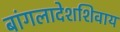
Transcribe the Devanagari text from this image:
बांगलादेशशिवाय